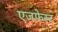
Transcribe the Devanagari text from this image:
एजफेस्ट